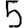
Digit: 5